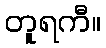
တူရကီ။